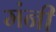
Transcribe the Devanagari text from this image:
मंनी